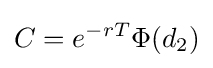
C=e^{-rT}\Phi (d_{2})